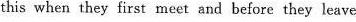
this when they first meet and before they leave